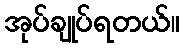
အုပ်ချုပ်ရတယ်။